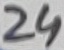
Text: 24